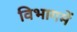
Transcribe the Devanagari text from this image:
विभागमें